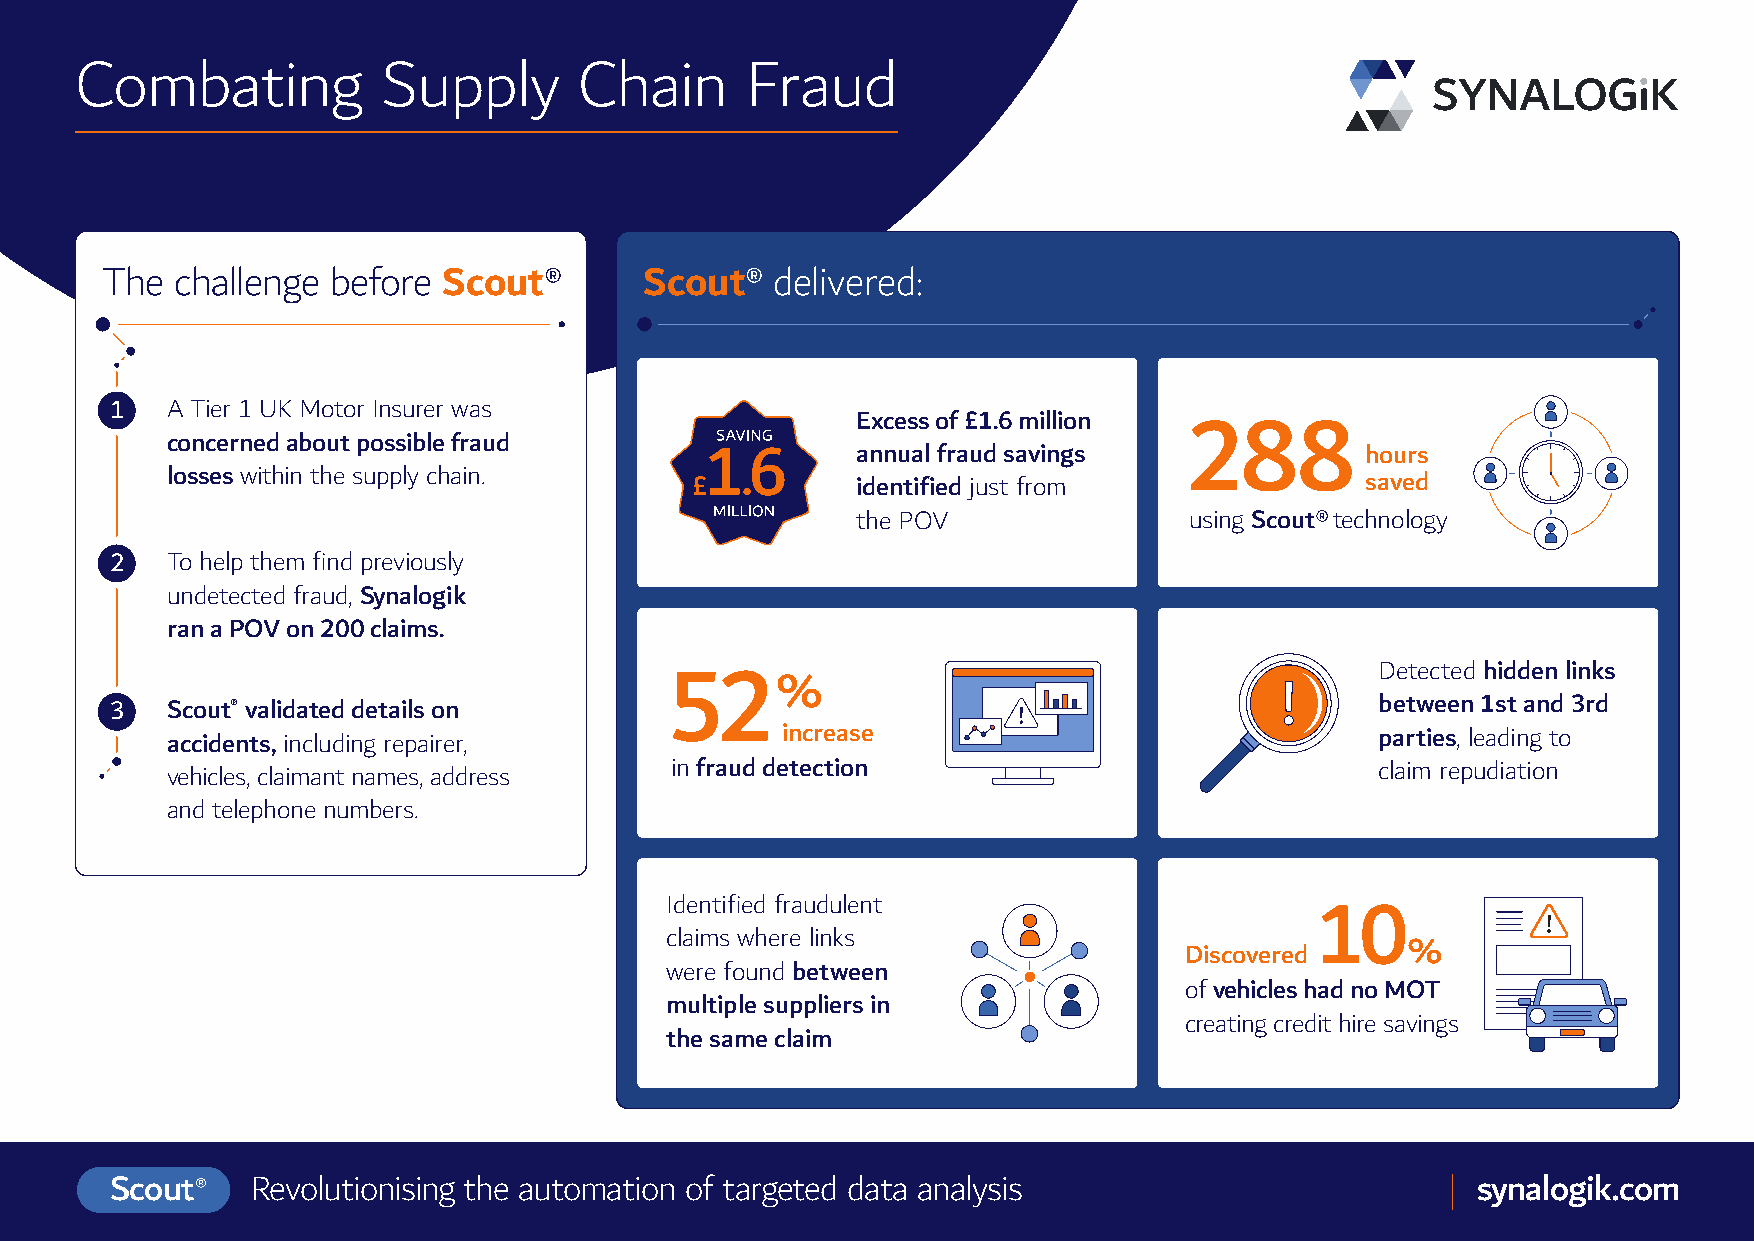
Combating           Supply       Chain      Fraud
 The  challenge before Scout®        Scout®  delivered:
 1   A Tier 1 UK Motor Insurer was
 Excess of £1.6 million
 concerned about possible fraud                                      288
 annual fraud savings             hours
 losses within the supply chain.
 identified just from             saved
 the POV               using Scout® technology
 2   To help them find previously
 undetected fraud, Synalogik
 ran a POV on 200 claims.
 Detected hidden links
 %
 52
 3   Scout® validated details on                                                     between 1st and 3rd
 accidents, including repairer,           increase                               parties, leading to
 vehicles, claimant names, address in fraud detection                            claim repudiation
 and telephone numbers.
 Identified fraudulent
 10
 claims where links
 Discovered     %
 were found between
 of vehicles had no MOT
 multiple suppliers in
 creating credit hire savings
 the same claim
 Scout®    Revolutionising the automation of targeted data analysis                         synalogik.com